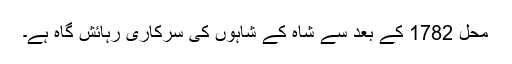
محل 1782 کے بعد سے شاہ کے شاہوں کی سرکاری رہائش گاہ ہے۔